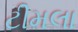
ટીમલા